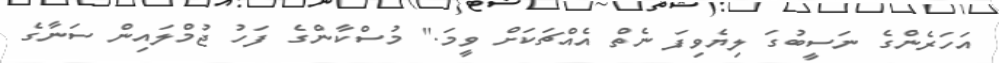
އަހަރެންގެ ނަސީބުގަ ލިޔެވިފަ ނެތް އެއްޗަކަށް ވީމަ." މުސްކާންގެ ފަހު ޖުމްލައިން ސަނާގެ